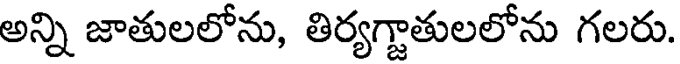
అన్ని జాతులలోను, తిర్యగ్జాతులలోను గలరు.